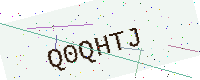
Text: Q0QHTJ